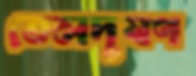
তেলদূষণ